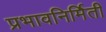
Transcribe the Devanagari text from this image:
प्रभावनिर्मिती